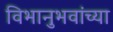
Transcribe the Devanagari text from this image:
विभानुभवांच्या